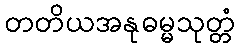
တတိယအနုဓမ္မသုတ္တံ